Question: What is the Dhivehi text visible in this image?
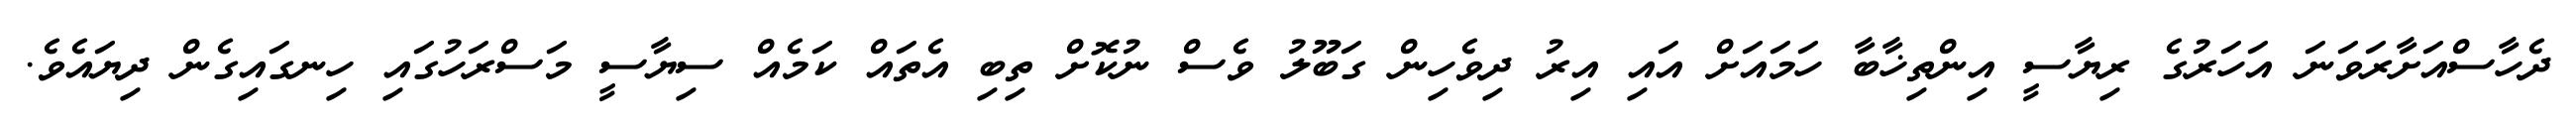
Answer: ދެހާސްއަށާރަވަނަ އަހަރުގެ ރިޔާސީ އިންތިޚާބާ ހަމައަށް އައި އިރު ދިވެހިން ގަބޫލު ވެސް ނުކޮށް ތިބި އެތައް ކަމެއް ސިޔާސީ މަސްރަހުގައި ހިނގައިގެން ދިޔައެވެ.